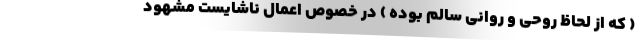
( که از لحاظ روحی و روانی سالم بوده ) در خصوص اعمال ناشایست مشهود